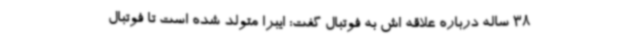
38 ساله درباره علاقه اش به فوتبال گفت: ایبرا متولد شده است تا فوتبال